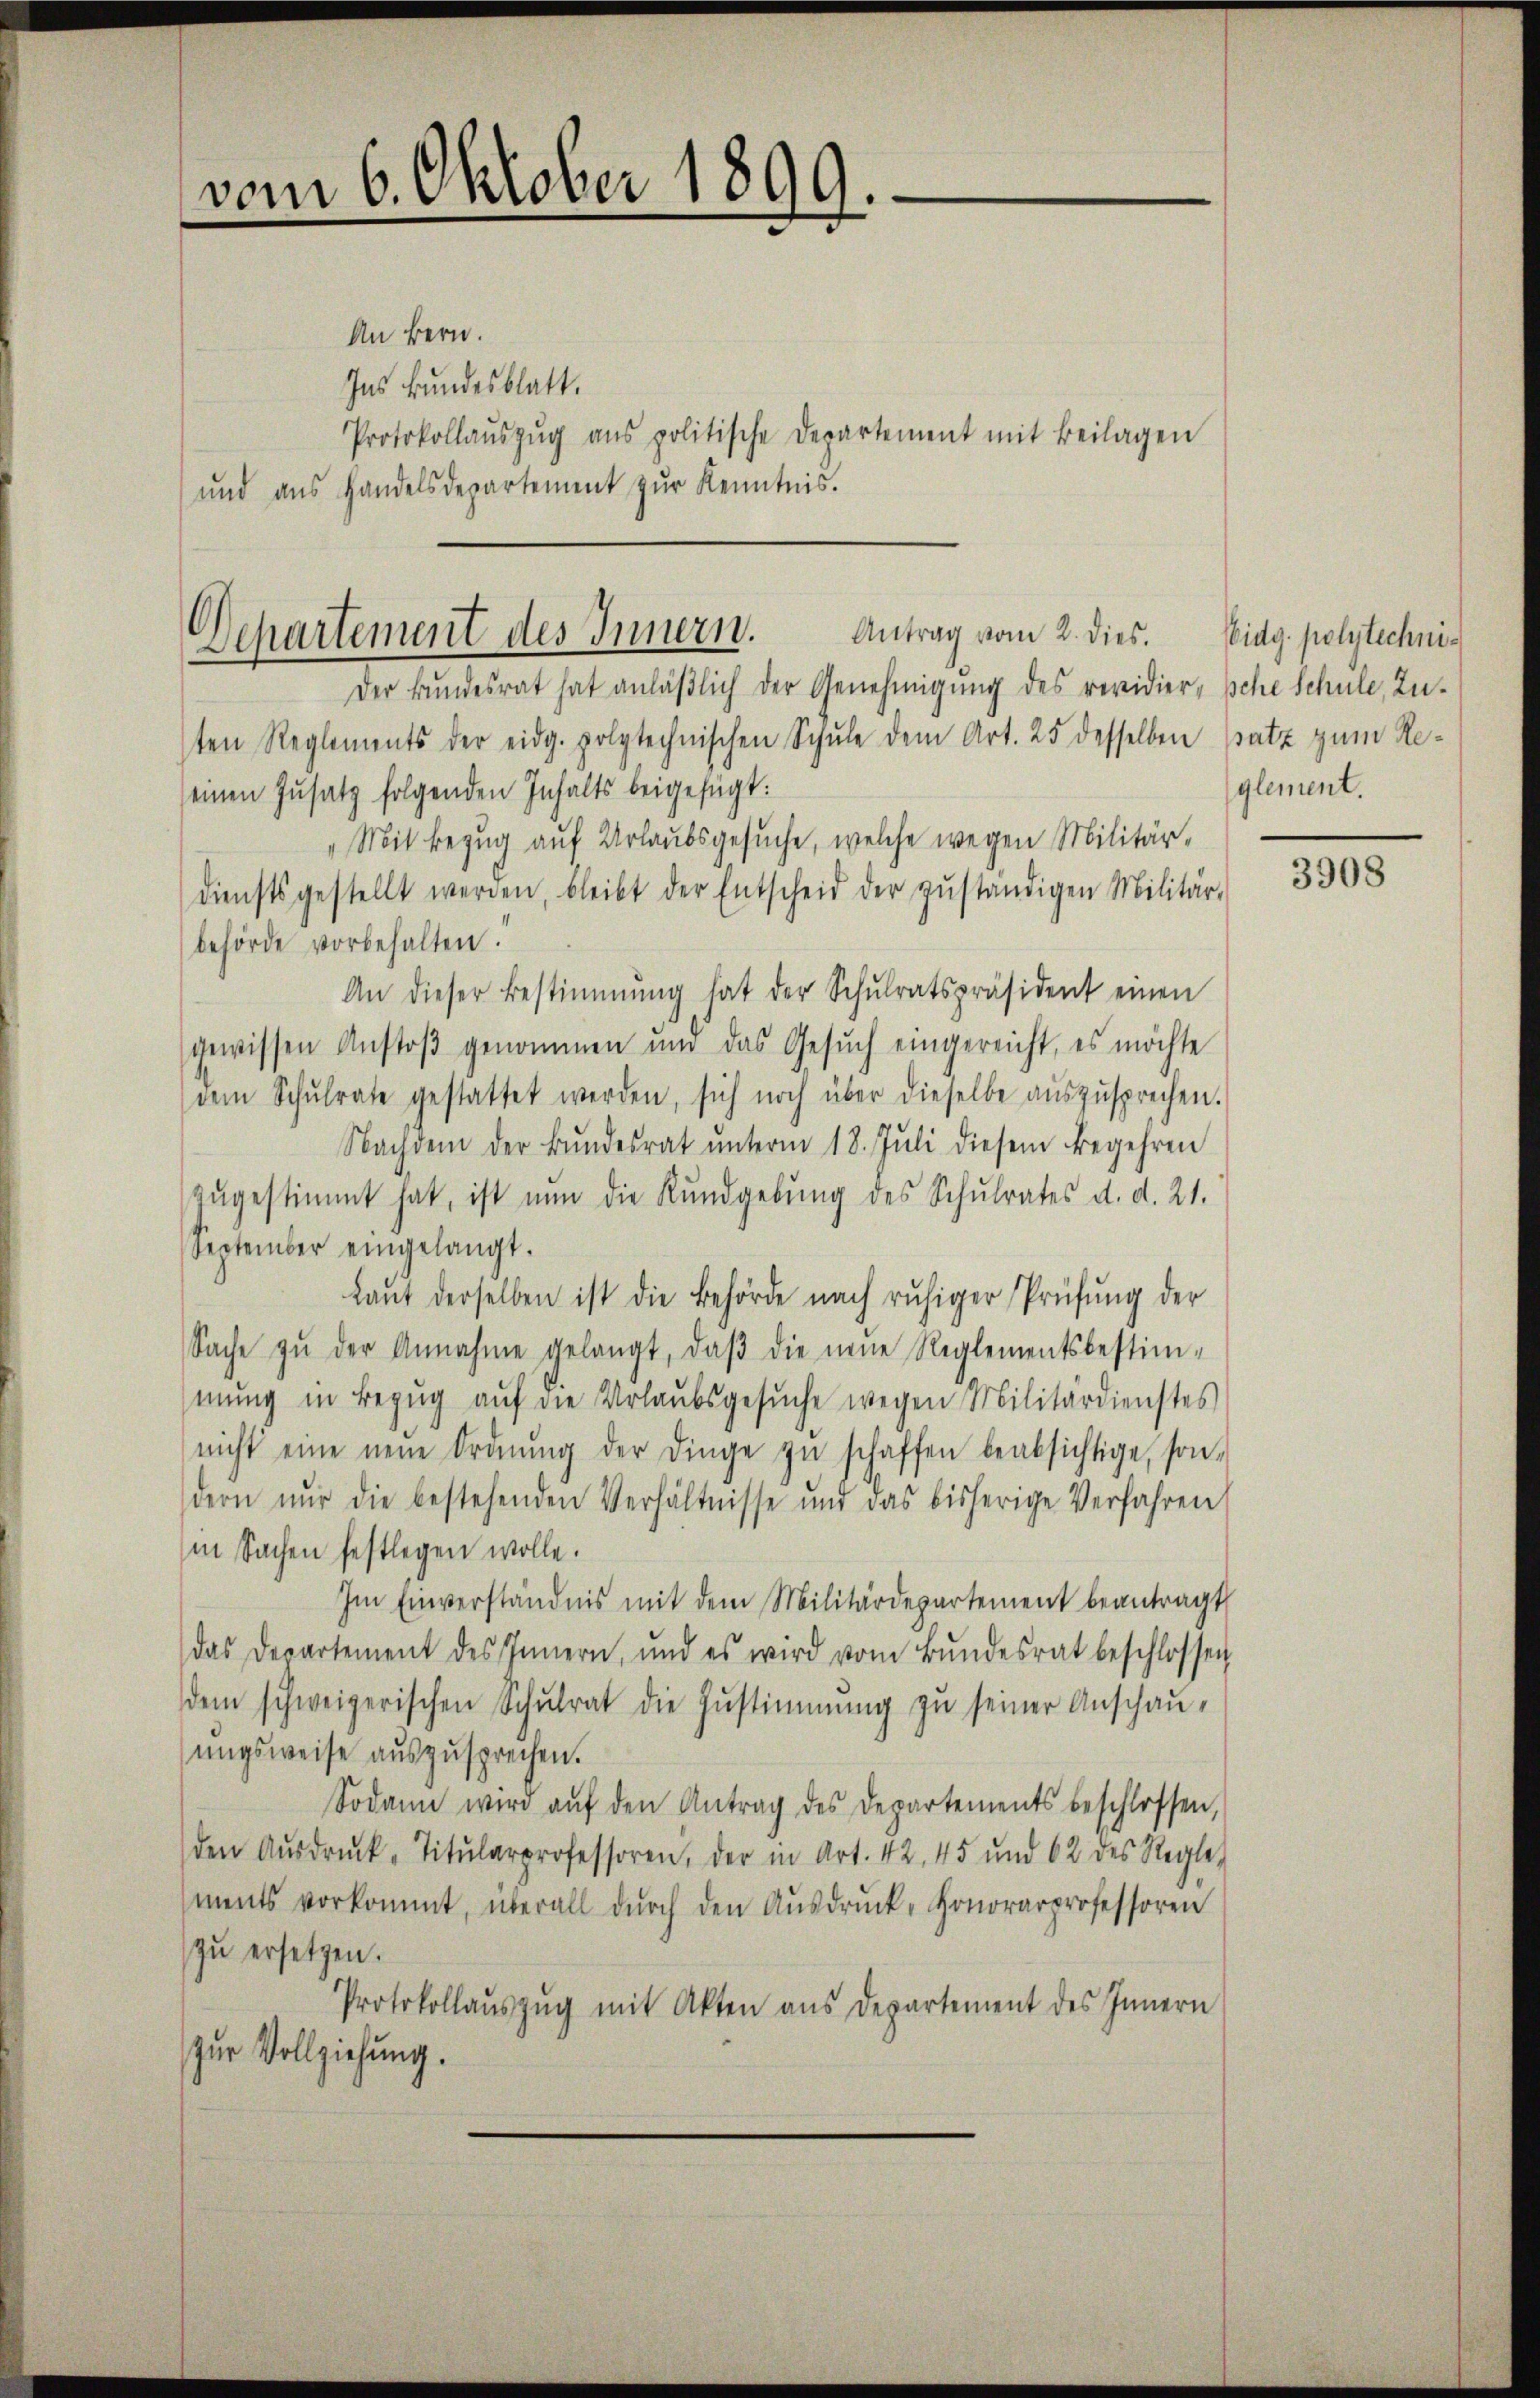
vom 6. Oktober 1899.
e

An Bern.
Ins Bundesblatt.
Protokollaŭszŭg ans politische Departement mit Beilagen
und aus Handelsdepartement zur Kenntnis.

Departement des Innern. Antrag vom 2. dies. Eidg. polytechni¬

Der Bŭndesrat hat anläβlich der Genehmigŭng des revidier- sche Schule, Zu-
ten Reglements der eidg. polytechnischen Schule dem Art. 25 desselben (satz zum Reseinen Zusatz folgenden Inhalts beigefügt:
„Mit Bezug auf Urlaubsgesuche, welche wegen Militärdiensts gestellt werden, bleibt der Entscheid der zŭständigen Militär-
behörde vorbehalten.
An dieser Bestimmung hat der Schŭlratspräsident einen
gewissen Anstoß genommen und das Gesuch eingereicht, es möchte
dem Schŭlrate gestattet werden, sich noch über dieselbe aŭszŭsprechen.
Nachdem der Bŭndesrat ŭnterm 18. Jŭli diesem Begehren
zŭgestimmt hat, ist nun die Kundgebŭng des Schŭlrates d. d. 21.
September eingelangt.
Laŭt derselben ist die Behörde nach ruhiger Prüfŭng der
Sache zŭ der Annahme gelangt, daβ die neue Reglementsbestim-
mung in Bezug auf die Urlaubsgesŭche wegen Militärdienstes
nicht eine neue Ordnŭng der Dinge zŭ schaffen beabsichtige, son-
dern nur die bestehenden Verhältnisse und das bisherige Verfahren
in Sachen festlegen wolle.
Im Einverständnis mit dem Militärdepartement beantragt
das Departement des Innern, und es wird vom Bŭndesrat beschlossen
dem schweizerischen Schŭlrat die Zŭstimmung zŭ seiner Anschau-
ŭngsweise aŭszŭsprechen.
Sodann wird aŭf den Antrag des Departements beschlossen,
den Aŭsdrŭck-Titularprofessoren, der in Art. 42, 45 und 62 des Regle
ments vorkommt, überall dŭrch den Aŭsdrŭck-Honorarprofessoren
zu ersetzen.
Protokollaŭszŭg mit Akten aus Departement des Innern
zur Vollziehung.

glement.

3908